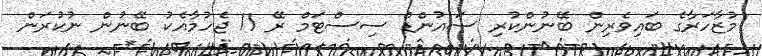
މުޒާހަރާގެ ބައިވެރިން ބޭނުންކުރި ސައުންޑް ސިސްޓަމް ރޭ 11 ޖެހުމާއެކު ބޭނުން ނުކުރަން